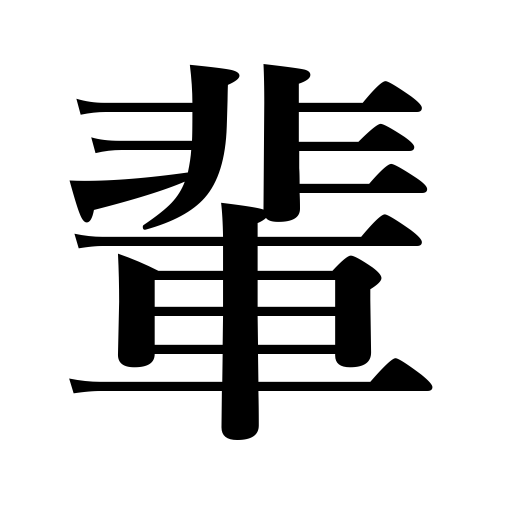
Meanings: people,fellow,companion,line